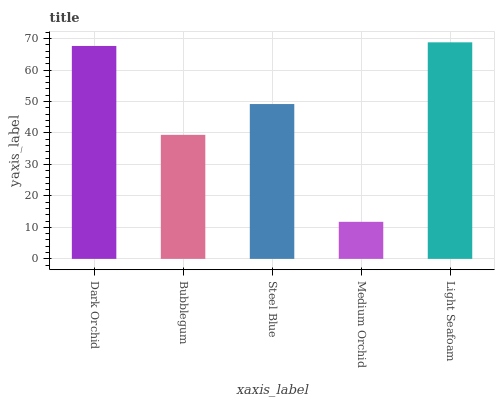
| xaxis_label | bars |
 | --- | --- |
 | Dark Orchid | 67.7 |
 | Bubblegum | 39.4 |
 | Steel Blue | 49.2 |
 | Medium Orchid | 11.8 |
 | Light Seafoam | 68.8 |